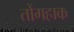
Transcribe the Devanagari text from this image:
तोंगहाक